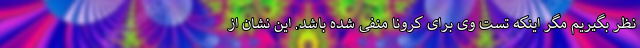
نظر بگیریم مگر اینکه تست وی برای کرونا منفی شده باشد. این نشان از